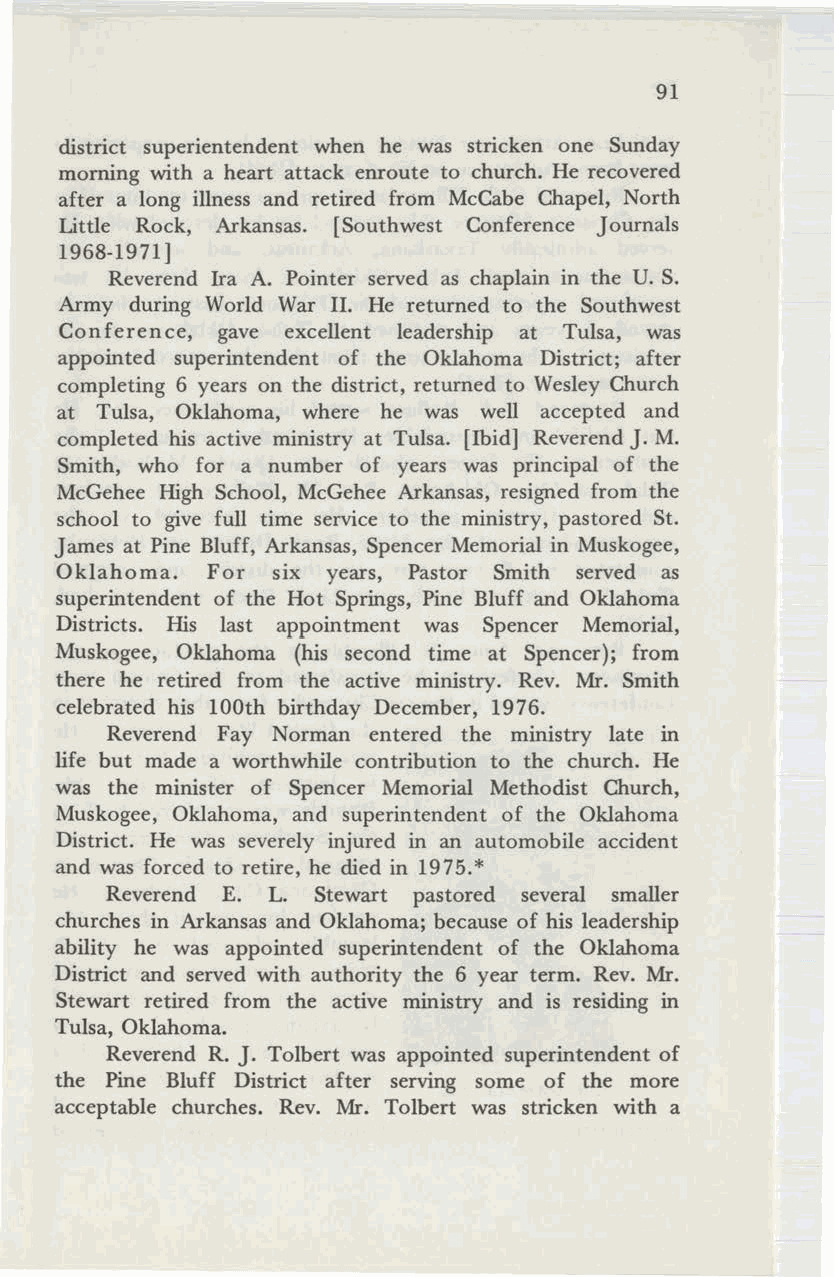
91
 district superientendent when he was stricken one Sunday
 morning with a heart attack enroute to church. He recovered
 after a long illness and retired from McCabe Chapel, North
 Little Rock, Arkansas. [Southwest Conference Journals
 1968-1971]
 Reverend Ira A. Pointer served as chaplain in the U. S.
 Army during World War II. He returned to the Southwest
 Conference, gave excellent leadership at Tulsa, was
 appointed superintendent of the Oklahoma District; after
 completing 6 years on the district, returned to Wesley Church
 at Tulsa, Oklahoma, where he was well accepted and
 completed his active ministry at Tulsa. [Ibid] Reverend J. M.
 Smith, who for a number of years was principal of the
 McGehee High School, McGehee Arkansas, resigned from the
 school to give full time service to the ministry, pastored St.
 James at Pine Bluff, Arkansas, Spencer Memorial in Muskogee,
 Oklahoma. For six years, Pastor Smith served as
 superintendent of the Hot Springs, Pine Bluff and Oklahoma
 Districts. His last appointment was Spencer Memorial,
 Muskogee, Oklahoma (his second time at Spencer); from
 there he retired from the active ministry. Rev. Mr. Smith
 celebrated his 100th birthday December, 1976.
 Reverend Fay Norman entered the ministry late in
 life but made a worthwhile contribution to the church. He
 was the minister of Spencer Memorial Methodist Church,
 Muskogee, Oklahoma, and superintendent of the Oklahoma
 District. He was severely injured in an automobile accident
 *
 and was forced to retire, he died in 1975.
 Reverend E. L. Stewart pastored several smaller
 churches in Arkansas and Oklahoma; because of his leadership
 ability he was appointed superintendent of the Oklahoma
 District and served with authority the 6 year term. Rev. Mr.
 Stewart retired from the active ministry and is residing in
 Tulsa, Oklahoma.
 Reverend R. J. Tolbert was appointed superintendent of
 the Pine Bluff District after serving some of the more
 acceptable churches. Rev. Mr. Tolbert was stricken with a